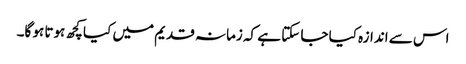
اس سے اندازہ کیا جا سکتا ہے کہ زمانہ قدیم میں کیا کچھ ہوتا ہو گا۔